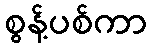
စွန့်ပစ်ကာ